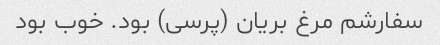
سفارشم مرغ بریان (پرسی) بود. خوب بود